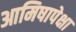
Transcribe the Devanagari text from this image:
आमिषापेक्षा